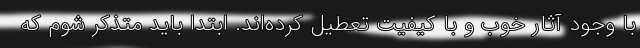
با وجود آثار خوب و با کیفیت تعطیل کرده‌اند. ابتدا باید متذکر شوم که